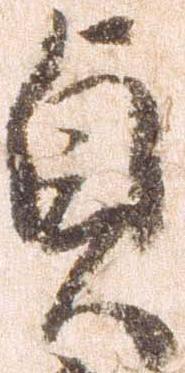
貞